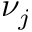
\nu _ { j }